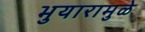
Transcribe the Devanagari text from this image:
भुयारामुळे